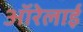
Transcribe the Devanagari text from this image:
ऑरेलाई